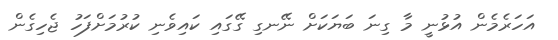
އަހަރެމެން އުޅުނީ މާ ގިނަ ބަޔަކަށް ނޭނގި ގޭގައި ކައިވެނި ކުރުމަށްފަހު ޖެހިގެން